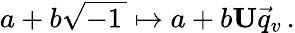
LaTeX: a+b{\sqrt{-1\, }}\mapsto a+b\mathbf{U}{\vec{q}}_{v}\, .